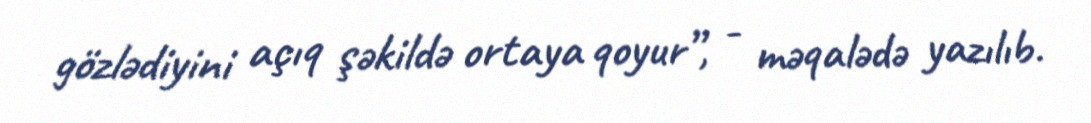
gözlədiyini açıq şəkildə ortaya qoyur”, - məqalədə yazılıb.